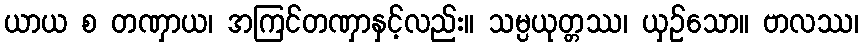
ယာယ စ တဏှာယ၊ အကြင်တဏှာနှင့်လည်း။ သမ္ပယုတ္တဿ၊ ယှဉ်သော။ ဗာလဿ၊